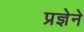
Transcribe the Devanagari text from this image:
प्रज्ञेने